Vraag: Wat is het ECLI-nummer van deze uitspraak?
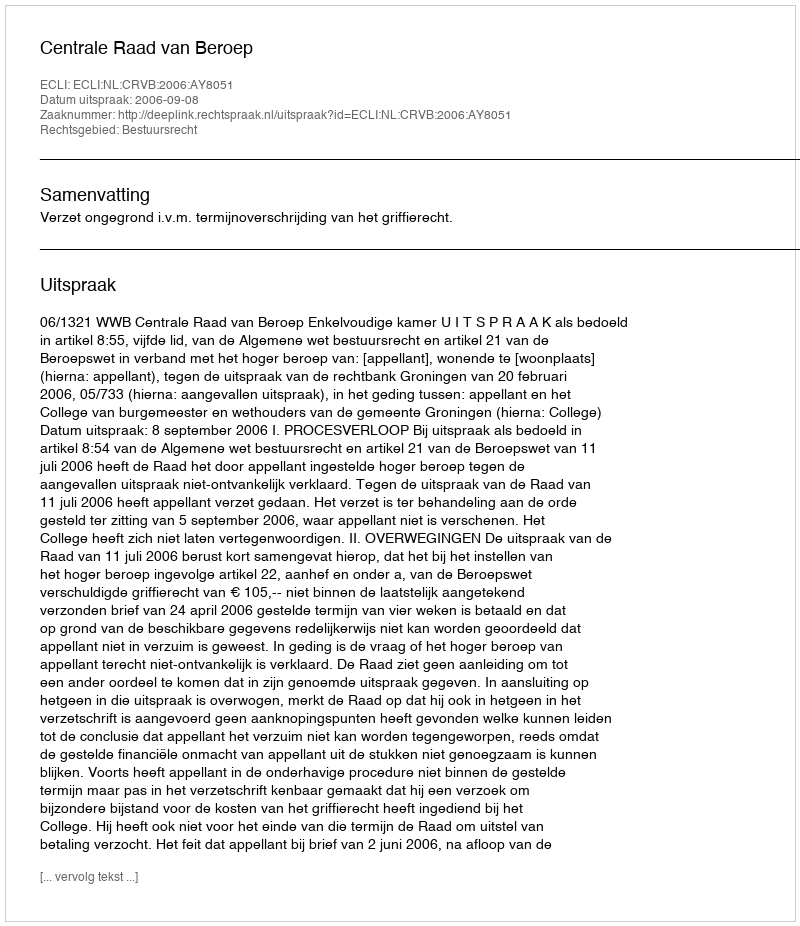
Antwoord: ECLI:NL:CRVB:2006:AY8051